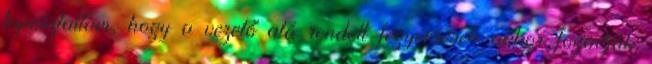
tapasztaltam, hogy a vezető alá rendelt fegyveresek akkor fogadják